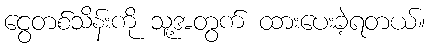
ငွေတစ်သိန်းကို သူ့အတွက် ထားပေးခဲ့ရတယ်။